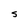
Character: S